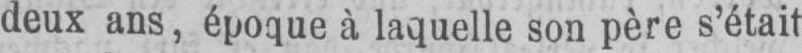
deux ans, époque à laquelle son père s’était